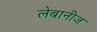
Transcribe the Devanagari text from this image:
लेबानीज